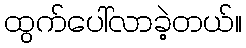
ထွက်ပေါ်လာခဲ့တယ်။